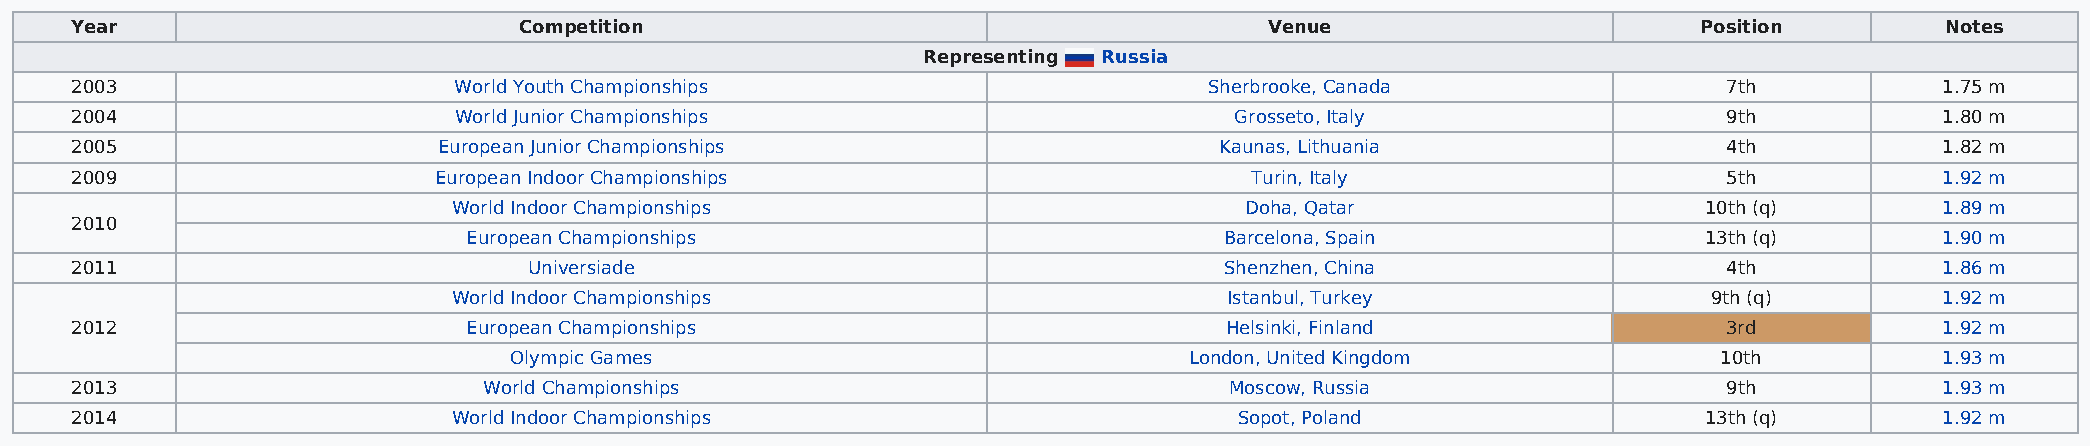
Year                         Competition                                       Venue                        Position        Notes
 Representing Russia
 2003                     World Youth Championships                         Sherbrooke, Canada                7th            1.75 m
 2004                     World Junior Championships                          Grosseto, Italy                 9th            1.80 m
 2005                    European Junior Championships                       Kaunas, Lithuania                4th            1.82 m
 2009                    European Indoor Championships                         Turin, Italy                   5th            1.92 m
 World Indoor Championships                          Doha, Qatar                    10th (q)        1.89 m
 2010
 European Championships                            Barcelona, Spain                13th (q)        1.90 m
 2011                          Universiade                                   Shenzhen, China                  4th            1.86 m
 World Indoor Championships                         Istanbul, Turkey                9th (q)         1.92 m
 2012                      European Championships                            Helsinki, Finland                3rd            1.92 m
 Olympic Games                                London, United Kingdom             10th           1.93 m
 2013                       World Championships                              Moscow, Russia                   9th            1.93 m
 2014                     World Indoor Championships                          Sopot, Poland                  13th (q)        1.92 m